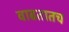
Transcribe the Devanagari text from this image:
वाढतातच